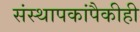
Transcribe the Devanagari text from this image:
संस्थापकांपैकीही